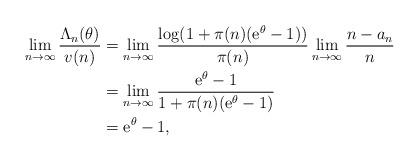
LaTeX: \begin{align*}\lim_{n\to\infty}\frac{\Lambda_n(\theta)}{v(n)}&=\lim_{n\to\infty}\frac{\log(1+\pi(n)(\mathrm{e}^\theta-1))}{\pi(n)}\lim_{n\to\infty}\frac{n-a_n}{n}\\&=\lim_{n\to\infty}\frac{\mathrm{e}^\theta-1}{1+\pi(n)(\mathrm{e}^\theta-1)}\\&=\mathrm{e}^{\theta}-1,\end{align*}